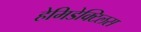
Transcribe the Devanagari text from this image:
हेमिडेक्टिलस